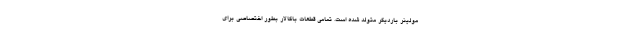
مولینر باردیگر متولد شده است. تمامی قطعات باکالار بطور اختصاصی برای